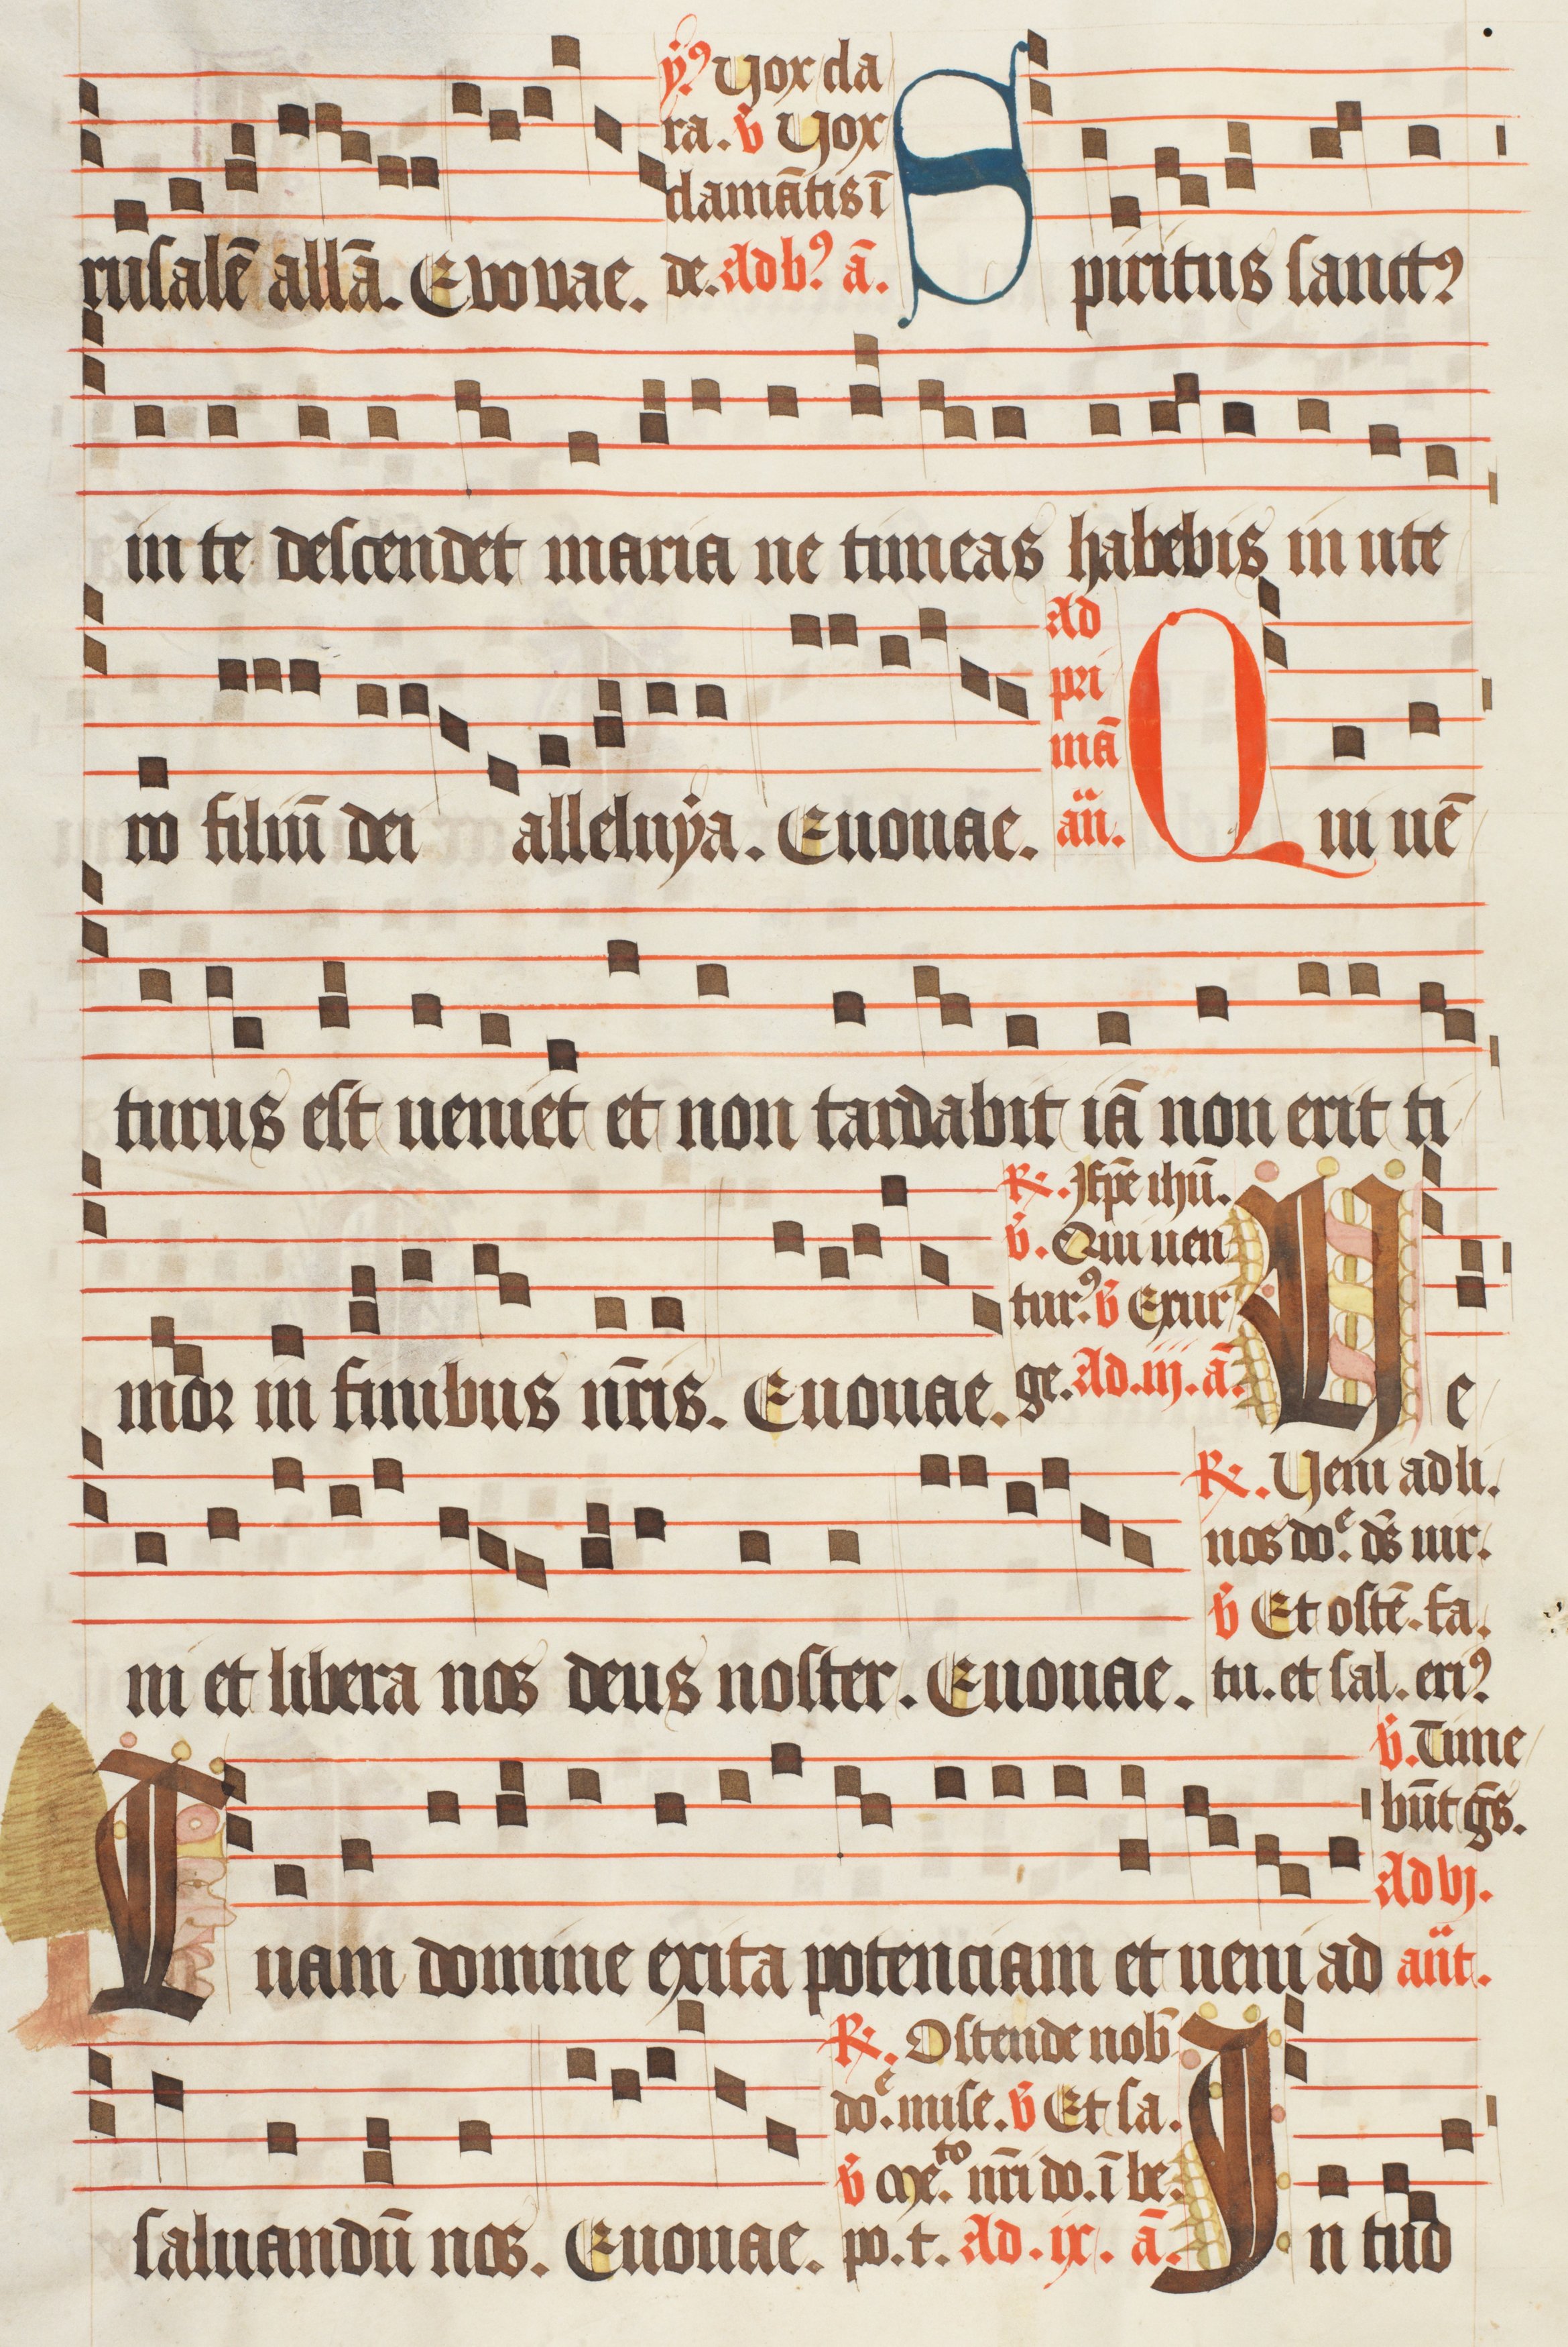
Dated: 1474–1505